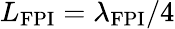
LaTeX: L_{\mathrm{FPI}}=\lambda_{\mathrm{FPI}}/4